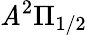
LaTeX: \mathit{A}^{2}\Pi_{1/2}